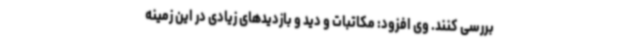
بررسی کنند. وی افزود: مکاتبات و دید و بازدیدهای زیادی در این زمینه